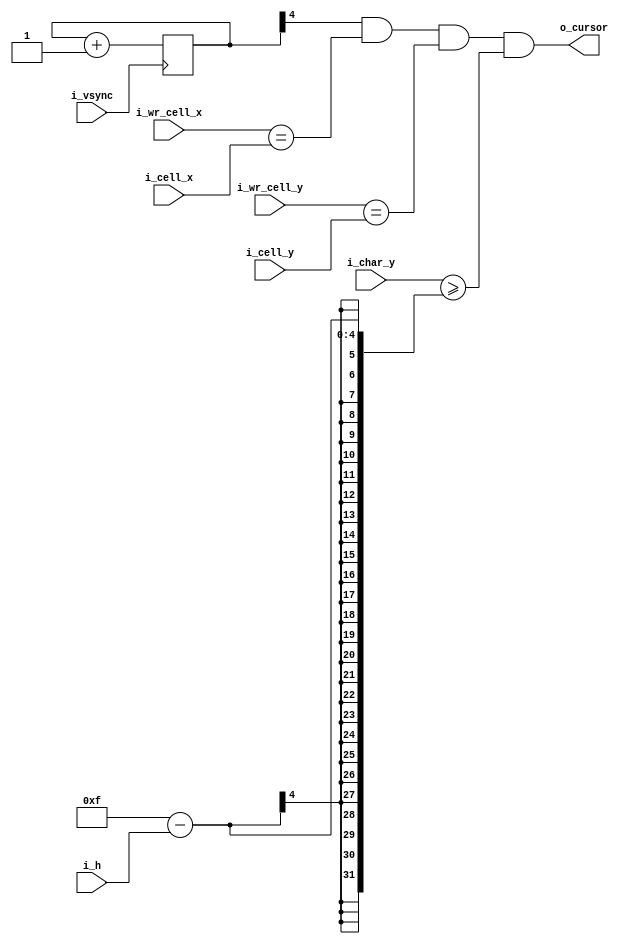
// Generate blinking cursor
module cursor (
    input i_vsync,              // frame clock
    input [5:0] i_wr_cell_x,    // x coordinate of the writing cell
    input [4:0] i_wr_cell_y,    // y coordinate of the writing cell
    input [5:0] i_cell_x,       // x coordinate of the cell being drawn
    input [4:0] i_cell_y,       // x coordinate of the cell being drawn
    input [3:0] i_char_y,       // y coordinate of the line being drawn
    input [3:0] i_h,            // cursor height in lines (0 = bottom, 15 = full)
    output o_cursor             // cursor pixel status
);


// Blink every X frames
reg [4:0] ctr;
always @(posedge i_vsync)
    ctr <= ctr + 1'b1;

// Highlight bottom lines of the cell to write
assign o_cursor = ctr[4] &                   // blinking
                (i_wr_cell_x == i_cell_x) & // same cell X
                (i_wr_cell_y == i_cell_y) & // same cell Y
                (i_char_y >= (15 - i_h));   // bottom lines


endmodule